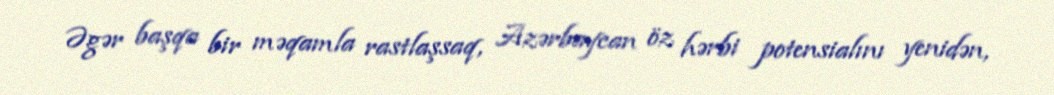
Əgər başqa bir məqamla rastlaşsaq, Azərbaycan öz hərbi potensialını yenidən,